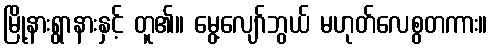
မြို့နားရွာနားနှင့် တူ၏။ မွေ့လျော်ဘွယ် မဟုတ်လေစွတကား။